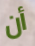
أن